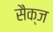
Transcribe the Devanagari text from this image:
सैक्ज